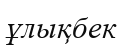
ұлықбек